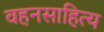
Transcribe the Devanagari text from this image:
वहनसाहित्य